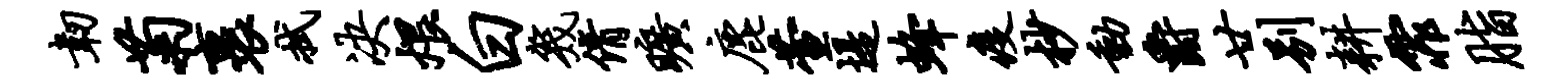
韧菊裹拭决煨白几倩旷鹿萱堤蜂疫杪动爵廿别耕霏脂